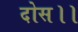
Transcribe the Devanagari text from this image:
दोस।।